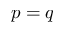
p = q